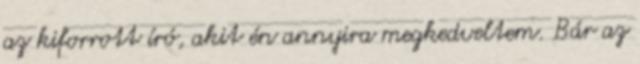
az kiforrott író, akit én annyira megkedveltem. Bár az